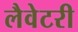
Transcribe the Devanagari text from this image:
लैवेटरी